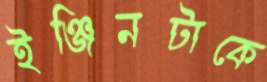
ইঞ্জিনটাকে